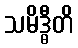
သမိဒ္ဓီတိ